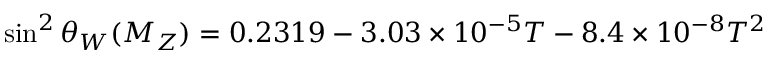
\sin ^ { 2 } \theta _ { W } ( M _ { Z } ) = 0 . 2 3 1 9 - 3 . 0 3 \times 1 0 ^ { - 5 } T - 8 . 4 \times 1 0 ^ { - 8 } T ^ { 2 }